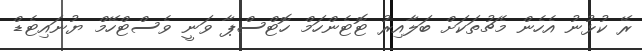
ރޭ ކުޅުނު އެހެން މެޗުތަކަށް ބަލާއިރު ޓޮޓެންހަމް ހޮޓްސްޕާ ވަނީ ވެސްޓްހޭމް ޔުުނައިޓެޑް